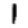
Digit: 1